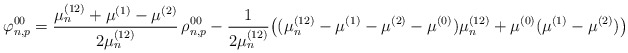
\begin{align*}\varphi^{00}_{n,p}= \frac{\mu_n^{(12)}+\mu^{(1)}-\mu^{(2)}}{2\mu_n^{(12)}} \,\rho^{00}_{n,p}- \frac{1}{2\mu_n^{(12)}} \big( (\mu_n^{(12)}-\mu^{(1)}-\mu^{(2)}-\mu^{(0)})\mu_n^{(12)} + \mu^{(0)}(\mu^{(1)}-\mu^{(2)}) \big)\end{align*}